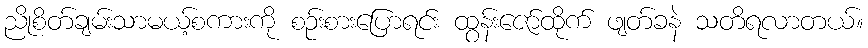
ညိုစိတ်ချမ်းသာမယ့်စကားကို စဉ်းစားပြောရင်း ထွန်းဇော်ထိုက် ဖျတ်ခနဲ သတိရလာတယ်။